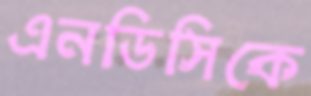
এনডিসিকে